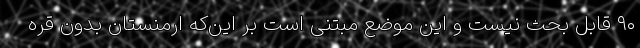
۹۰ قابل بحث نیست و این موضع مبتنی است بر این‌که ارمنستان بدون قره